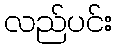
လည်ပင်း